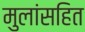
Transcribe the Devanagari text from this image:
मुलांसहित